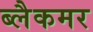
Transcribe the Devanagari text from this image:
ब्लैकमर